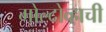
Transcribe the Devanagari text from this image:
मोल्दोव्हाची